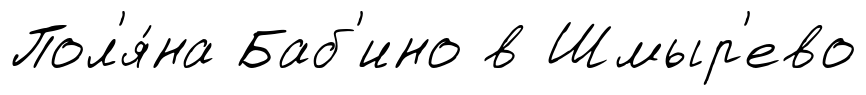
Пол'я́на Баб'ино в Шмыр'ево